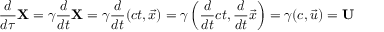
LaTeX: { \frac { d } { d \tau } } \mathbf { X } = \gamma { \frac { d } { d t } } \mathbf { X } = \gamma { \frac { d } { d t } } ( c t , { \vec { x } } ) = \gamma \left( { \frac { d } { d t } } c t , { \frac { d } { d t } } { \vec { x } } \right) = \gamma ( c , { \vec { u } } ) = \mathbf { U }